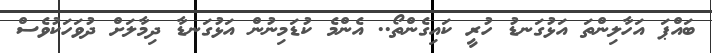
ބައްޕަ އަހާލިންތަ އަޅުގަނޑު ހުރީ ކައިގެންތޯ.. އެންމެ ކުޑަމިނުން އަޅުގަނޑާ ދިމާލަށް ދުވަހަކުވެސް